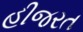
હીજરત